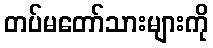
တပ်မတော်သားများကို